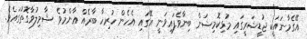
އޭގެމާނައަކީ ޖުޑީޝަރީގައި މުޅިކޮމިޝަން ބިނާވެފައިވަނީ އޭގައި އެހެން ހުރިހާ ބާރެއް ޢާންމުވެ ޝާމިލުވާގޮތުގައެވެ.